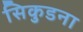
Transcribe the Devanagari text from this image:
सिकुडना